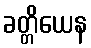
ခတ္တိယေန